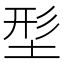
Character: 𡌑